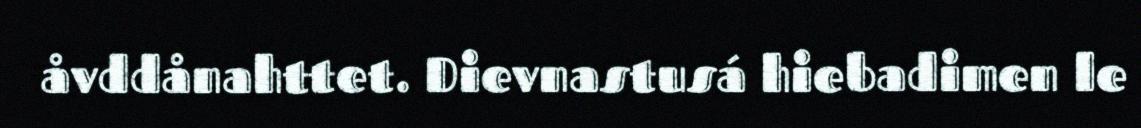
åvddånahttet. Dievnastusá hiebadimen le